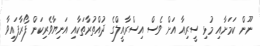
ނޫން ކަމަށާއި މުޅި ސީރިއާ އަށް ވެސް އިސްރާއީލްގެ ދުއްތުރާތަކާއި އަނިޔާވެރިކަން ފޯރާފައިވާ